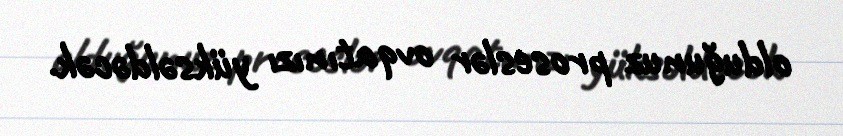
olduğunuz proseslər ovqatınızı yüksəldəcək.